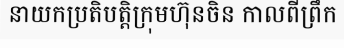
នាយកប្រតិបត្តិក្រុមហ៊ុនចិន កាលពីព្រឹក